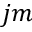
j m